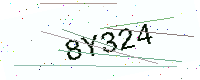
Text: 8Y324